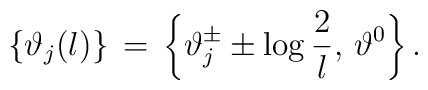
\left\{ \vartheta _{j}(l)\right\} \, =\, \left\{ \vartheta _{j}^{\pm }\pm \log \displaystyle\frac{2}{l},\, \vartheta ^{0}\right\} .